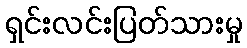
ရှင်းလင်းပြတ်သားမှု